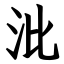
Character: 沘